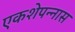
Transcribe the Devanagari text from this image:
एकशेपन्‍नास